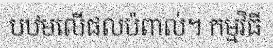
បឋមលើផលប៉ពាល់។ កម្មវិធី